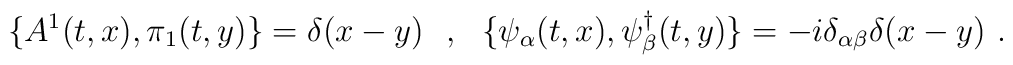
\{A^1(t,x),\pi_1(t,y)\}=\delta(x-y)\ \ ,\ \ \{\psi_\alpha(t,x),\psi^\dagger_\beta(t,y)\}=-i\delta_{\alpha\beta}\delta(x-y)\ .